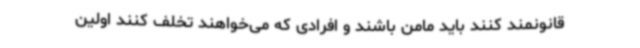
قانونمند کنند باید مامن باشند و افرادی که می‌خواهند تخلف کنند اولین